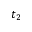
t _ { 2 }